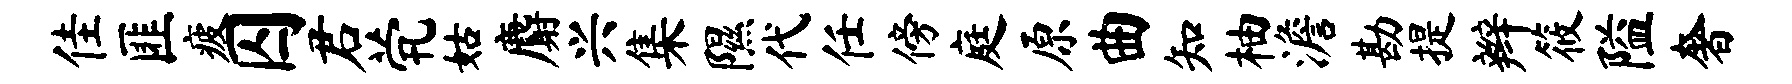
佳匪疲囚君茕姑麝兴集隰代任傍庭原曲知柚澹勘提辫筱隘奢